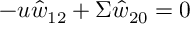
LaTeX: - u \hat { w } _ { 1 2 } + \Sigma \hat { w } _ { 2 0 } = 0